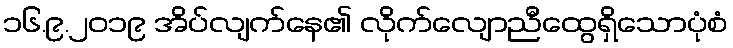
၁၆.၉.၂၀၁၉ အိပ်လျက်နေ၏ လိုက်လျောညီထွေရှိသောပုံစံ